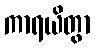
ကာရယိတွာ